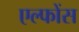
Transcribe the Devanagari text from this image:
एल्फोंस